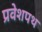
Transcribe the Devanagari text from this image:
प्रवेशपथ